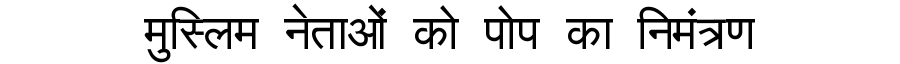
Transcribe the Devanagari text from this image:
मुस्लिम नेताओं को पोप का निमंत्रण